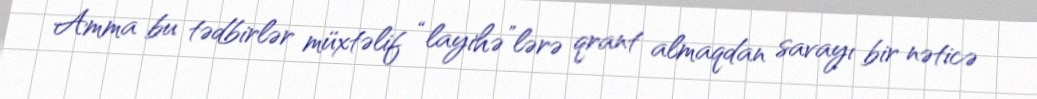
Amma bu tədbirlər müxtəlif “layihə”lərə qrant almaqdan savayı bir nəticə